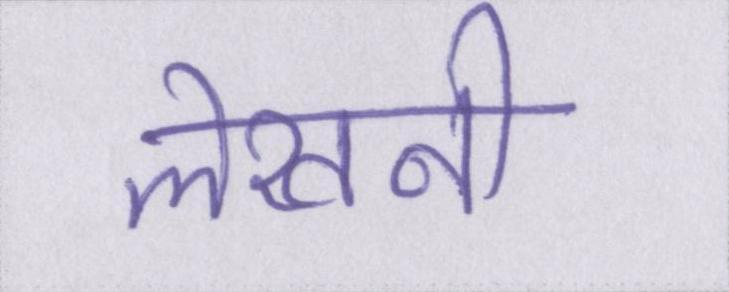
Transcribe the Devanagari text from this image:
लेखनी